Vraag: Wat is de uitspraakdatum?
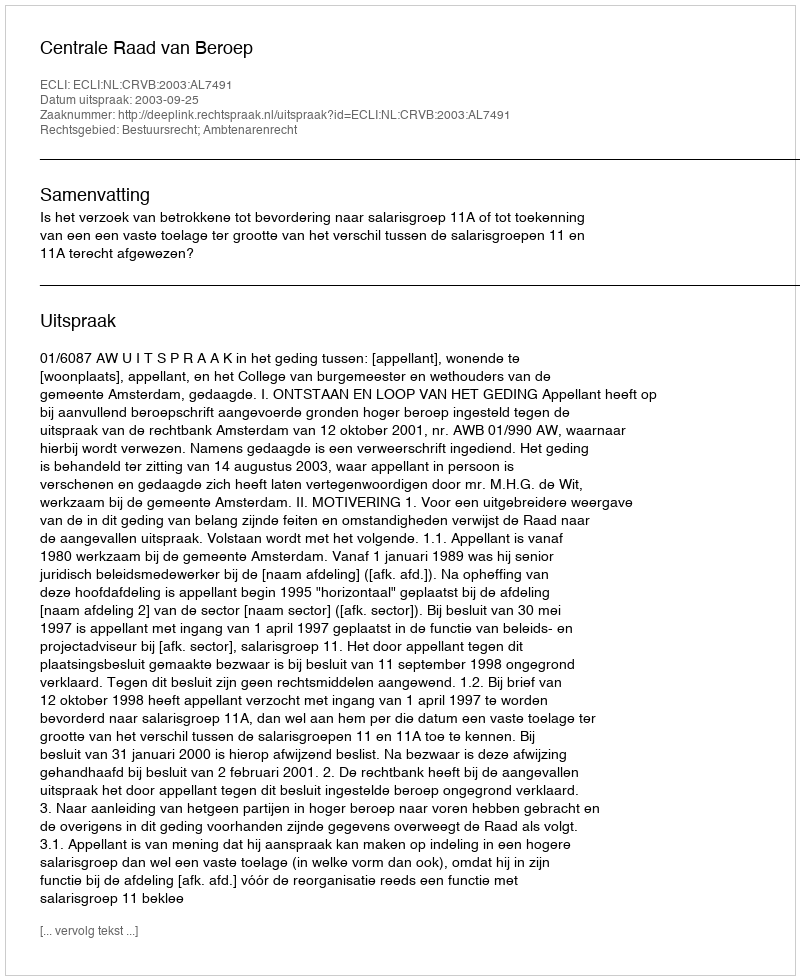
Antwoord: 2003-09-25